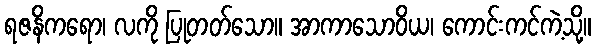
ရဇနိကရော၊ လကို ပြုတတ်သော။ အာကာသောဝိယ၊ ကောင်းကင်ကဲ့သို့။